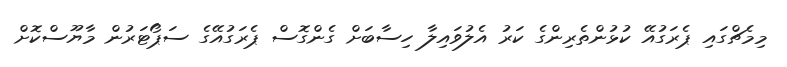
މިމެޗްގައި ޕެރަގުއޭ ކުޅުންތެރިންގެ ކަރު އެލުވައިލާ ހިސާބަށް ގެންގޮސް ޕެރަގުއޭގެ ސަޕޯޓަރުން މާޔޫސްކޮށް